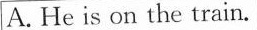
A. He is on the train.